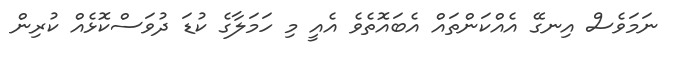
ނަމަވެސް އިނގޭ އެއްކަންތައް އެބައޮތެވެ އެއީ މި ހަމަލާގެ ކުޑަ ދުވަސްކޮޅެއް ކުރިން